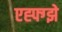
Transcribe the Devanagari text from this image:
एह्फ्ग्झे